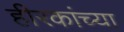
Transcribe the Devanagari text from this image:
हीरकांच्या